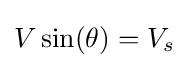
V\sin(\theta )=V_{s}